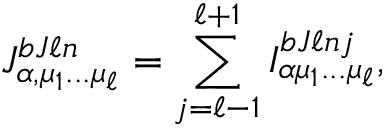
{ \cal J } _ { \alpha , \mu _ { 1 } . . . \mu _ { \ell } } ^ { b J \ell n } = \sum _ { j = \ell - 1 } ^ { \ell + 1 } { \cal I } _ { \alpha \mu _ { 1 } . . . \mu _ { \ell } } ^ { b J \ell n j } ,